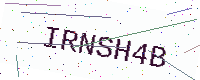
Text: IRNSH4B